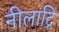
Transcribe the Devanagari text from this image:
नीलाद्रि